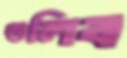
গুলিব